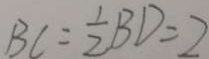
B C = \frac { 1 } { 2 } B D = 2